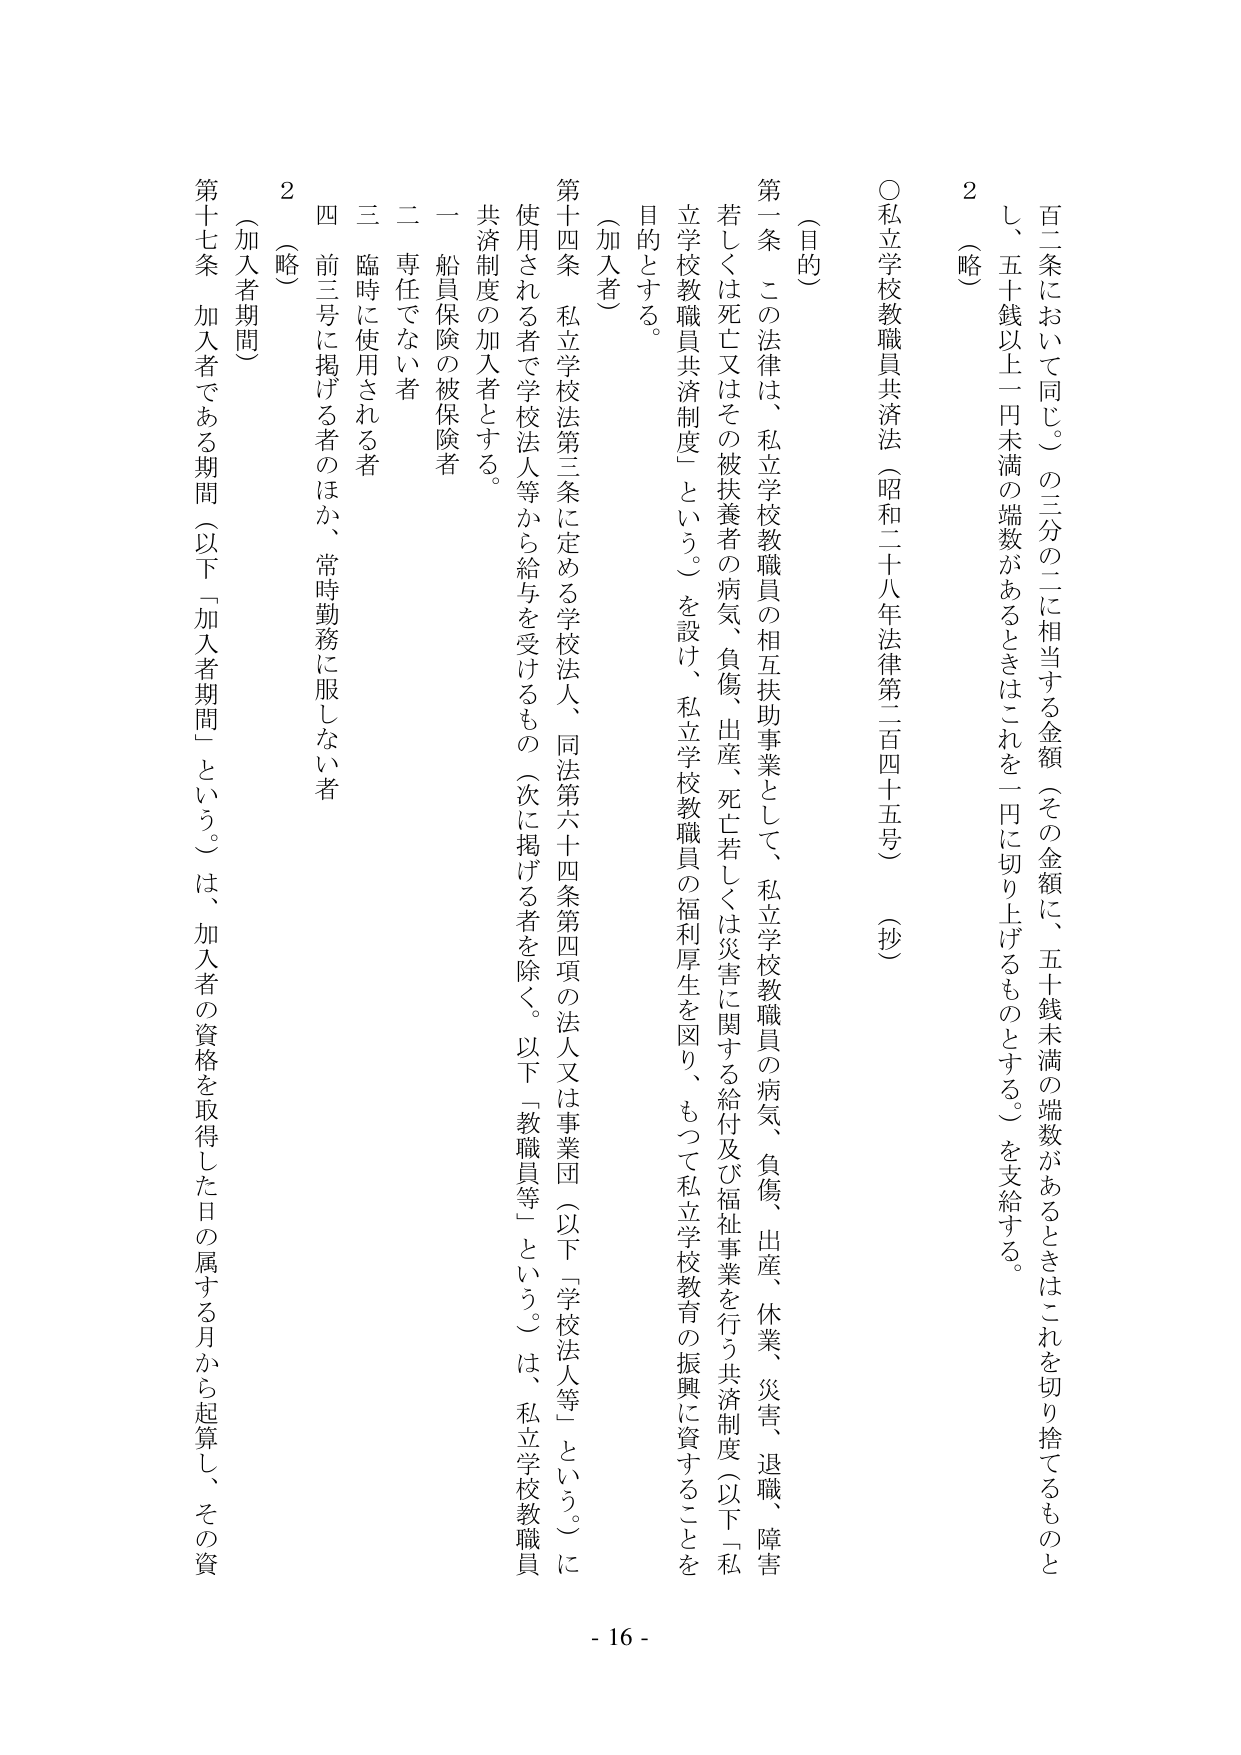
○私立学校教職員共済法（昭和二十八年法律第二百四十五号）（抄）

（目的）

第一条　この法律は、私立学校教職員の相互扶助事業として、私立学校教職員の病気、負傷、出産、休業、災害、退職、障害若しくは死亡又はその被扶養者の病気、負傷、出産、死亡若しくは災害に関する給付及び福祉事業を行う共済制度（以下「私立学校教職員共済制度」という。）を設け、私立学校教職員の福利厚生を図り、もって私立学校教育の振興に資することを目的とする。

（加入者）

第十四条　私立学校法第三条に定める学校法人、同法第六十四条第四項の法人又は事業団（以下「学校法人等」という。）に使用される者で学校法人等から給与を受けるもの（次に掲げる者を除く。以下「教職員等」という。）は、私立学校教職員共済制度の加入者とする。

一　船員保険の被保険者
二　専任でない者
三　臨時に使用される者
四　前三号に掲げる者のほか、常時勤務に服しない者

（略）

2

百二条において同じ。）の三分の二に相当する金額（その金額に、五十銭未満の端数があるときはこれを切り捨てるものとし、五十銭以上一円未満の端数があるときはこれを一円に切り上げるものとする。）を支給する。

（略）

2

（加入者期間）

第十七条　加入者である期間（以下「加入者期間」という。）は、加入者の資格を取得した日の属する月から起算し、その資

- 16 -